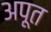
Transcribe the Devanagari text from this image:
अपूत